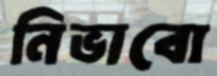
নিভাবো